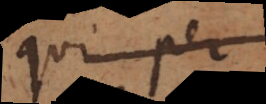
qui ex